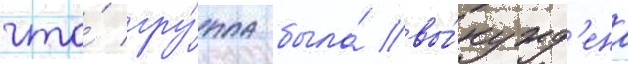
что́ гру́ппа была́ вы́нужд'ена